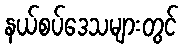
နယ်စပ်ဒေသများတွင်